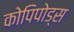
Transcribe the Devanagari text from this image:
कोपिपोड्स